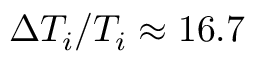
\Delta T _ { i } / T _ { i } \approx 1 6 . 7 \